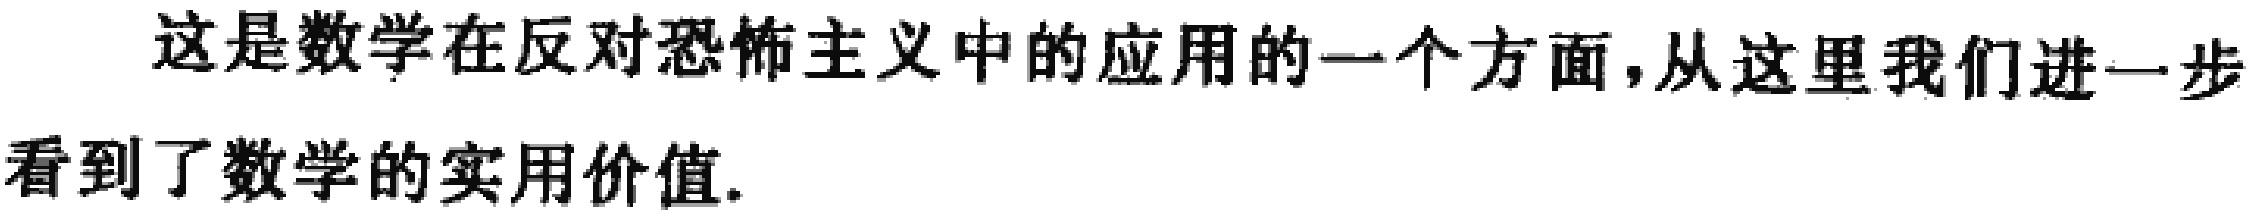
这是数学在反对恐怖主义中的应用的一个方面,从这里我们进一步看到了数学的实用价值.